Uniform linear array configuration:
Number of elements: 12
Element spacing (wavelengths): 0.75
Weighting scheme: cosine
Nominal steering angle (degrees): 15
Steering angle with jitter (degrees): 16.303
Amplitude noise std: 0.05
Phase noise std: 0.05

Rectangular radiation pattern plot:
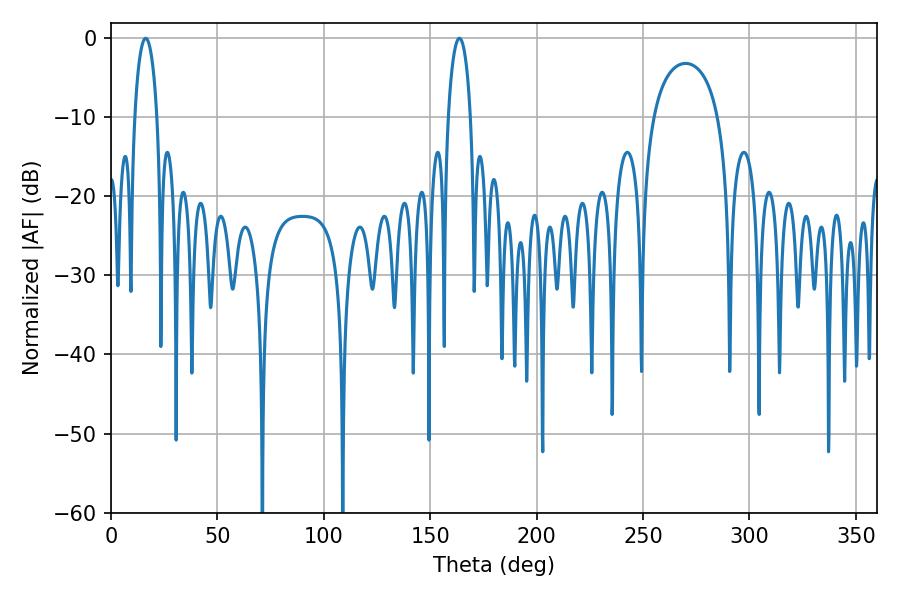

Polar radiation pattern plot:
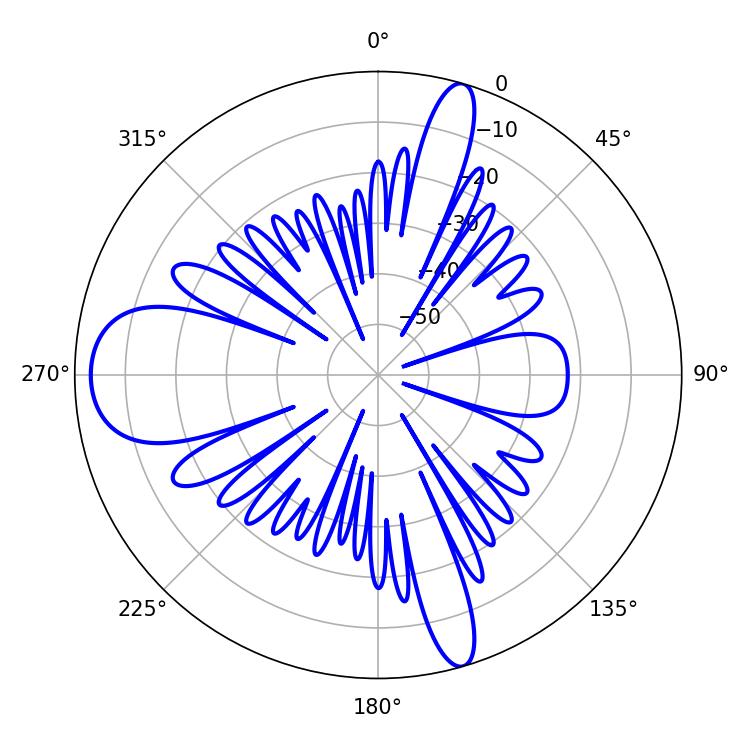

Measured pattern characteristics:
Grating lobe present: TRUE
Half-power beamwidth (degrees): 5.94
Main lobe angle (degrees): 16.38